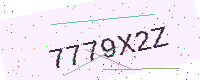
Text: 7779X2Z